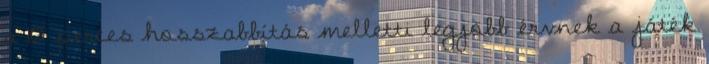
a 10 perces hosszabbítás melletti legjobb érvnek a játék